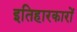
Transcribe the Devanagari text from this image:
इतिहारकारों